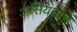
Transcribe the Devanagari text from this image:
असियनाचे